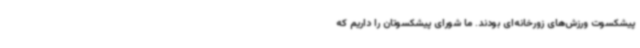
پیشکسوت ورزش‌های زورخانه‌ای بودند. ما شورای پیشکسوتان را داریم که